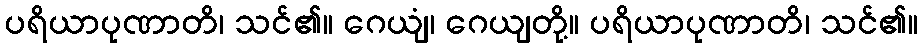
ပရိယာပုဏာတိ၊ သင်၏။ ဂေယျံ၊ ဂေယျတို့။ ပရိယာပုဏာတိ၊ သင်၏။